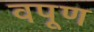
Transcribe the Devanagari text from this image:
वपूण